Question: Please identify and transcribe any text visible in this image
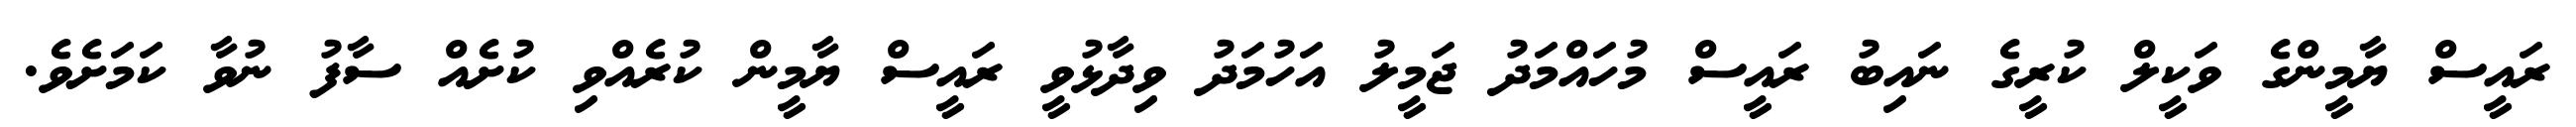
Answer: ރައީސް ޔާމީންގެ ވަކީލް ކުރީގެ ނައިބު ރައީސް މުހައްމަދު ޖަމީލު އަހުމަދު ވިދާޅުވީ ރައީސް ޔާމީން ކުރެއްވި ކުށެއް ސާފު ނުވާ ކަމަށެވެ.